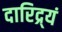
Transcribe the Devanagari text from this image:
दारिद्र्यं